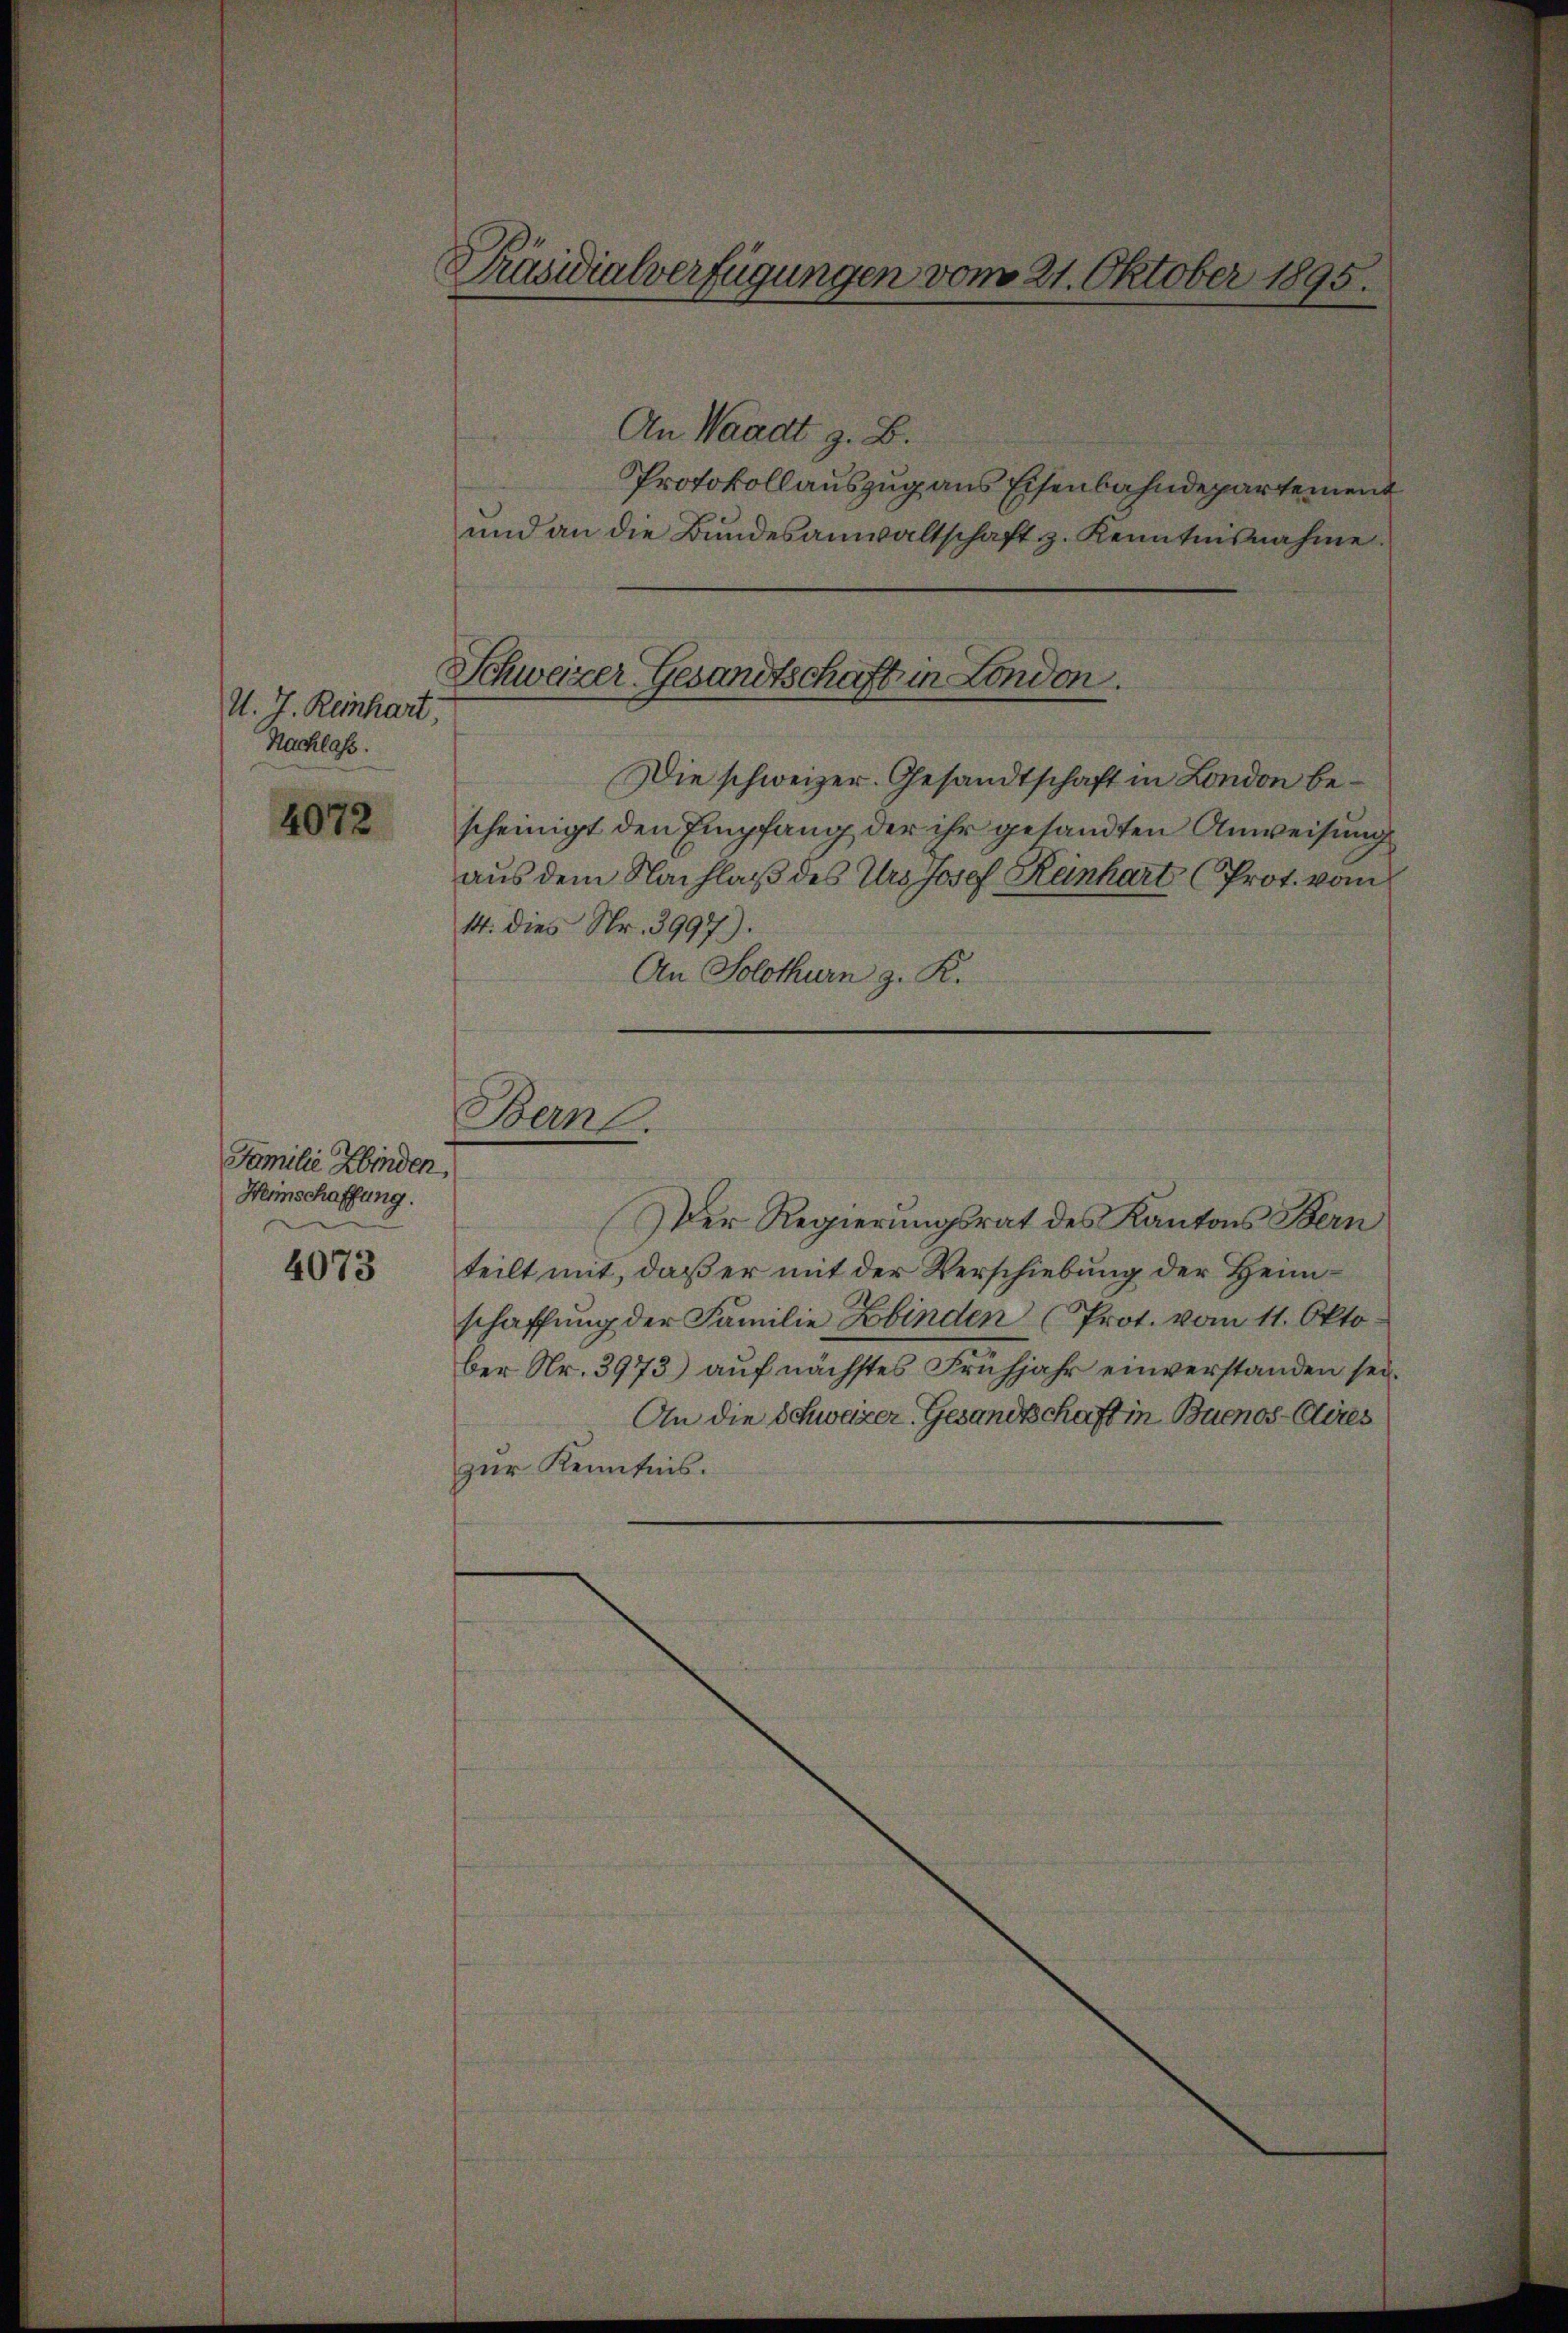
d. J. Reinhart,
Nachlass.
4072

Familie Kinden,
Heinschaffung.

4073

Präsidialverfügungen vom 21. Oktober 1895.

Schweizer Gesandtschaft in London.

An Waadt z. B.
Protokollauszug aus Eisenbahndepartement
und an die Bundesanwaltschaft z. Kenntnisnahme
Die schweizer. Gesandtschaft in London bescheinigt den Empfang der ihr gesandten Anweisung
aus dem Nachlaß des Urs Josef Reinhart (Prot. vom
14. dies Nr. 3997).
An Solothurn z. K.

Bern.

Der Regierungsrat des Kantons Bern
teilt mit, daß er mit der Verschiebung der Heimschaffung der Familie binden (Prot. vom 11. Okto
ber Nr. 3973) auf nächstes Frühjahr einverstanden sei.
An die Schweizer Gesandtschaft in Buenos-Cires
zur Kenntnis.